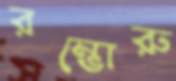
রম্ভোরু